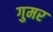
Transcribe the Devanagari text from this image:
गुमर